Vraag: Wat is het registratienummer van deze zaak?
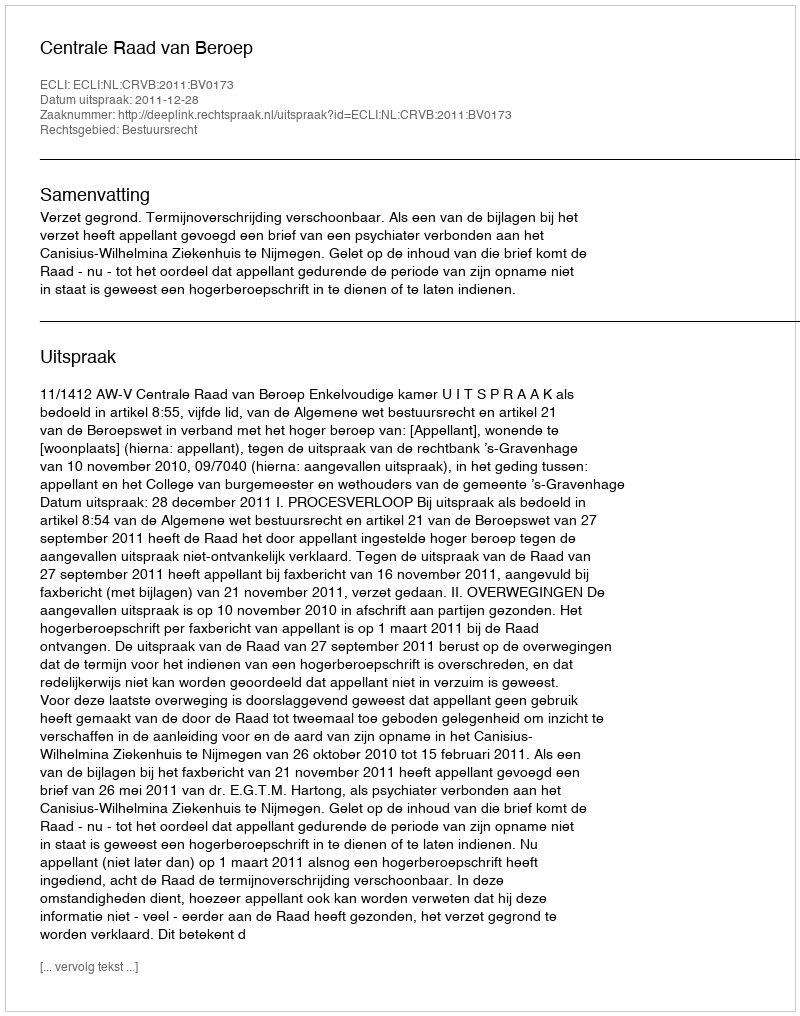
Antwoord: http://deeplink.rechtspraak.nl/uitspraak?id=ECLI:NL:CRVB:2011:BV0173